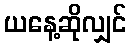
ယနေ့ဆိုလျှင်